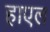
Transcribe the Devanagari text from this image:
हाएल